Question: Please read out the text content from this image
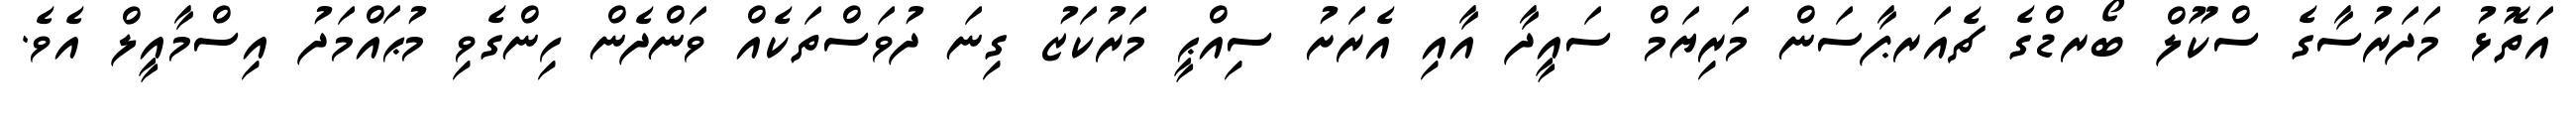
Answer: އަތޮޅު މަދަރުސާގެ ސްކޫލް ބޯރޑްގެ ޗެއަރޕާސަން މަރިޔަމް ސައީދާ އާއި އެރަށު ސިއްޙީ މަރުކަޒު ގިނަ ދުވަސްތަކެއް ވަންދެން ހިންގެވި މުޙައްމަދު އިސްމާއީލް އެވެ.